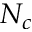
N _ { c }